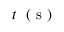
t ~ \mathrm { ~ ( ~ s ~ ) ~ }